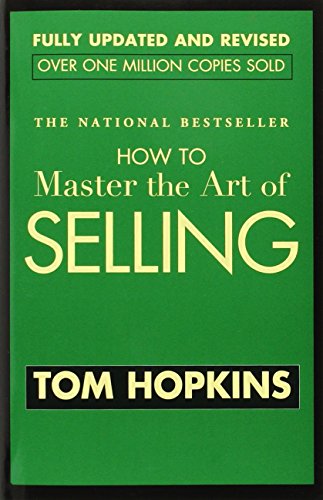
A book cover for How to Master the Art of Selling; Tom Hopkins; Business & Money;